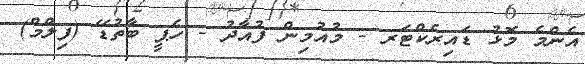
އެންމެ މޮޅު ޑައިރެކްޓަރ - މުއުމިން ފުއާދު - ހެޕީ ބާތުޑޭ (ފިލްމް)